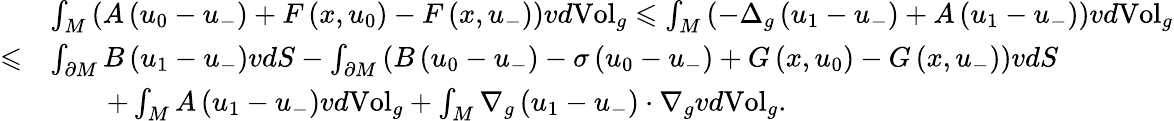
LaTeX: \begin{array}{rl}&{\int_{M}\left(A\left(u_{0}-u_{-}\right)+F\left(x,u_{0}\right)-F\left(x,u_{-}\right)\right)vd\mathrm{Vol}_{g}\leqslant\int_{M}\left(-\Delta_{g}\left(u_{1}-u_{-}\right)+A\left(u_{1}-u_{-}\right)\right)vd\mathrm{Vol}_{g}}\\ {\leqslant}&{\int_{\partial M}B\left(u_{1}-u_{-}\right)vdS-\int_{\partial M}\left(B\left(u_{0}-u_{-}\right)-\sigma\left(u_{0}-u_{-}\right)+G\left(x,u_{0}\right)-G\left(x,u_{-}\right)\right)vdS}\\ &{\qquad+\int_{M}A\left(u_{1}-u_{-}\right)vd\mathrm{Vol}_{g}+\int_{M}\nabla_{g}\left(u_{1}-u_{-}\right)\cdot\nabla_{g}vd\mathrm{Vol}_{g}.}\end{array}